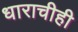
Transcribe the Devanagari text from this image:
धाराचीही